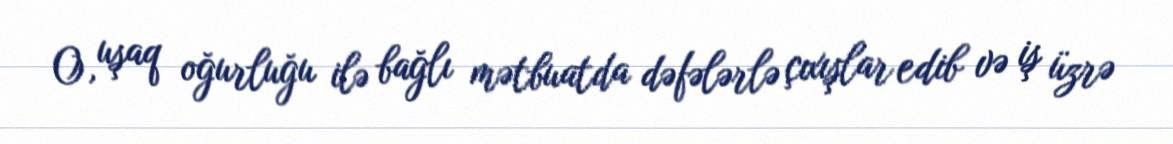
O, uşaq oğurluğu ilə bağlı mətbuatda dəfələrlə çıxışlar edib və iş üzrə